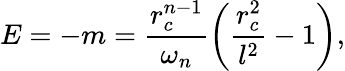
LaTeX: E=-m=\frac{r_{c}^{n-1}}{\omega_{n}}\left(\frac{r_{c}^{2}}{l^{2}}-1\right),